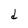
Character: d